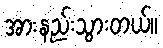
အားနည်းသွားတယ်။